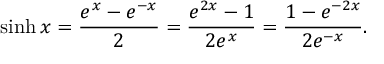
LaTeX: \sinh x = { \frac { e ^ { x } - e ^ { - x } } { 2 } } = { \frac { e ^ { 2 x } - 1 } { 2 e ^ { x } } } = { \frac { 1 - e ^ { - 2 x } } { 2 e ^ { - x } } } .